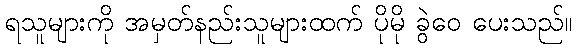
ရသူများကို အမှတ်နည်းသူများထက် ပိုမို ခွဲဝေ ပေးသည်။